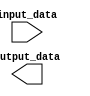
module parameterized_module #(
    parameter PARAM1 = 8,  // parameter for customizing port size
    parameter PARAM2 = 1   // parameter for customizing functionality
)
(
    input [PARAM1-1:0] input_data,
    output [PARAM1-1:0] output_data
);

// Behavioral modeling block for generating parameterized module with customizable functionality
// based on the input parameters provided

// Insert code here to perform the desired operation or behavior specified by the parameters

endmodule